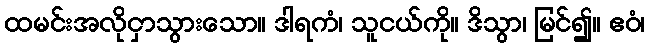
ထမင်းအလိုငှာသွားသော။ ဒါရကံ၊ သူငယ်ကို။ ဒိသွာ၊ မြင်၍။ ဧဝံ၊